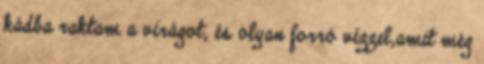
kádba raktam a virágot, és olyan forró vízzel,amit még